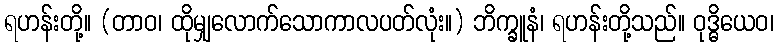
ရဟန်းတို့။ (တာဝ၊ ထိုမျှလောက်သောကာလပတ်လုံး။) ဘိက္ခူနံ၊ ရဟန်းတို့သည်။ ဝုဒ္ဓိယေဝ၊